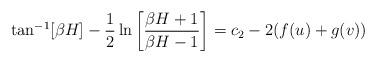
LaTeX: \begin{align*}\tan^{-1}[\beta H]-\frac{1}{2}\ln\left[\frac{\beta H+1}{\beta H-1}\right]=c_2-2(f(u)+g(v))\end{align*}